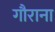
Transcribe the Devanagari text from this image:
गौराना